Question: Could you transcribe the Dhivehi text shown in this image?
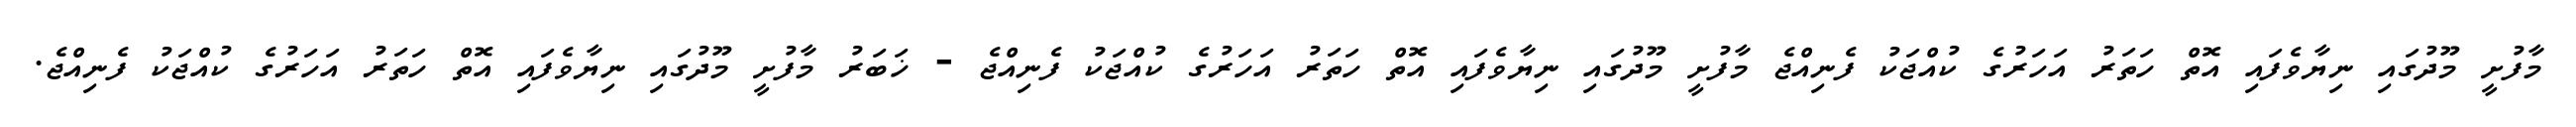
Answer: މާފުށީ މޫދުގައި ނިޔާވެފައި އޮތް ހަތަރު އަހަރުގެ ކުއްޖަކު ފެނިއްޖެ މާފުށީ މޫދުގައި ނިޔާވެފައި އޮތް ހަތަރު އަހަރުގެ ކުއްޖަކު ފެނިއްޖެ - ޚަބަރު މާފުށީ މޫދުގައި ނިޔާވެފައި އޮތް ހަތަރު އަހަރުގެ ކުއްޖަކު ފެނިއްޖެ.